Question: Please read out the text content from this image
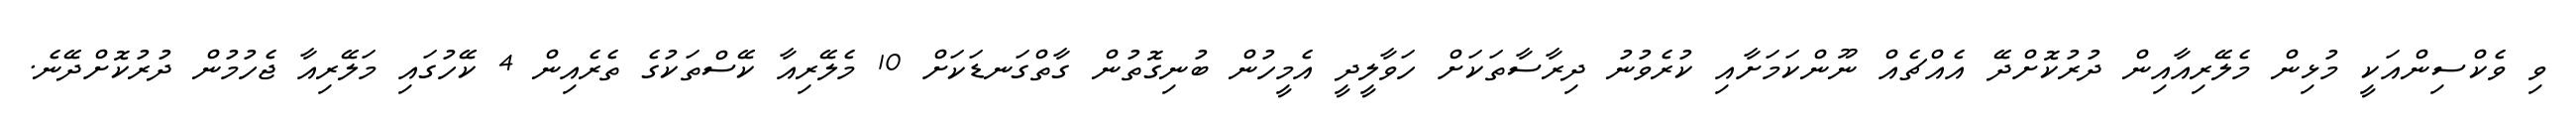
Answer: ވި ވެކްސިންއަކީ މުޅިން މެލޭރިއާއިން ދުރުކޮށްދޭ އެއްޗެއް ނޫންކަމަށާއި ކުރެވުނު ދިރާސާތަކަށް ހަވާލީދީ އެމީހުން ބުނިގޮތުން ގާތްގަނޑަކަށް 10 މެލޭރިއާ ކޭސްތަކުގެ ތެރެއިން 4 ކޭހުގައި މަލޭރިއާ ޖެހުމުން ދުރުކޮށްދޭނެ.